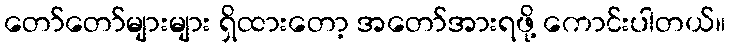
တော်တော်များများ ရှိထားတော့ အတော်အားရဖို့ ကောင်းပါတယ်။